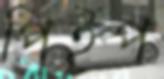
পিইপ